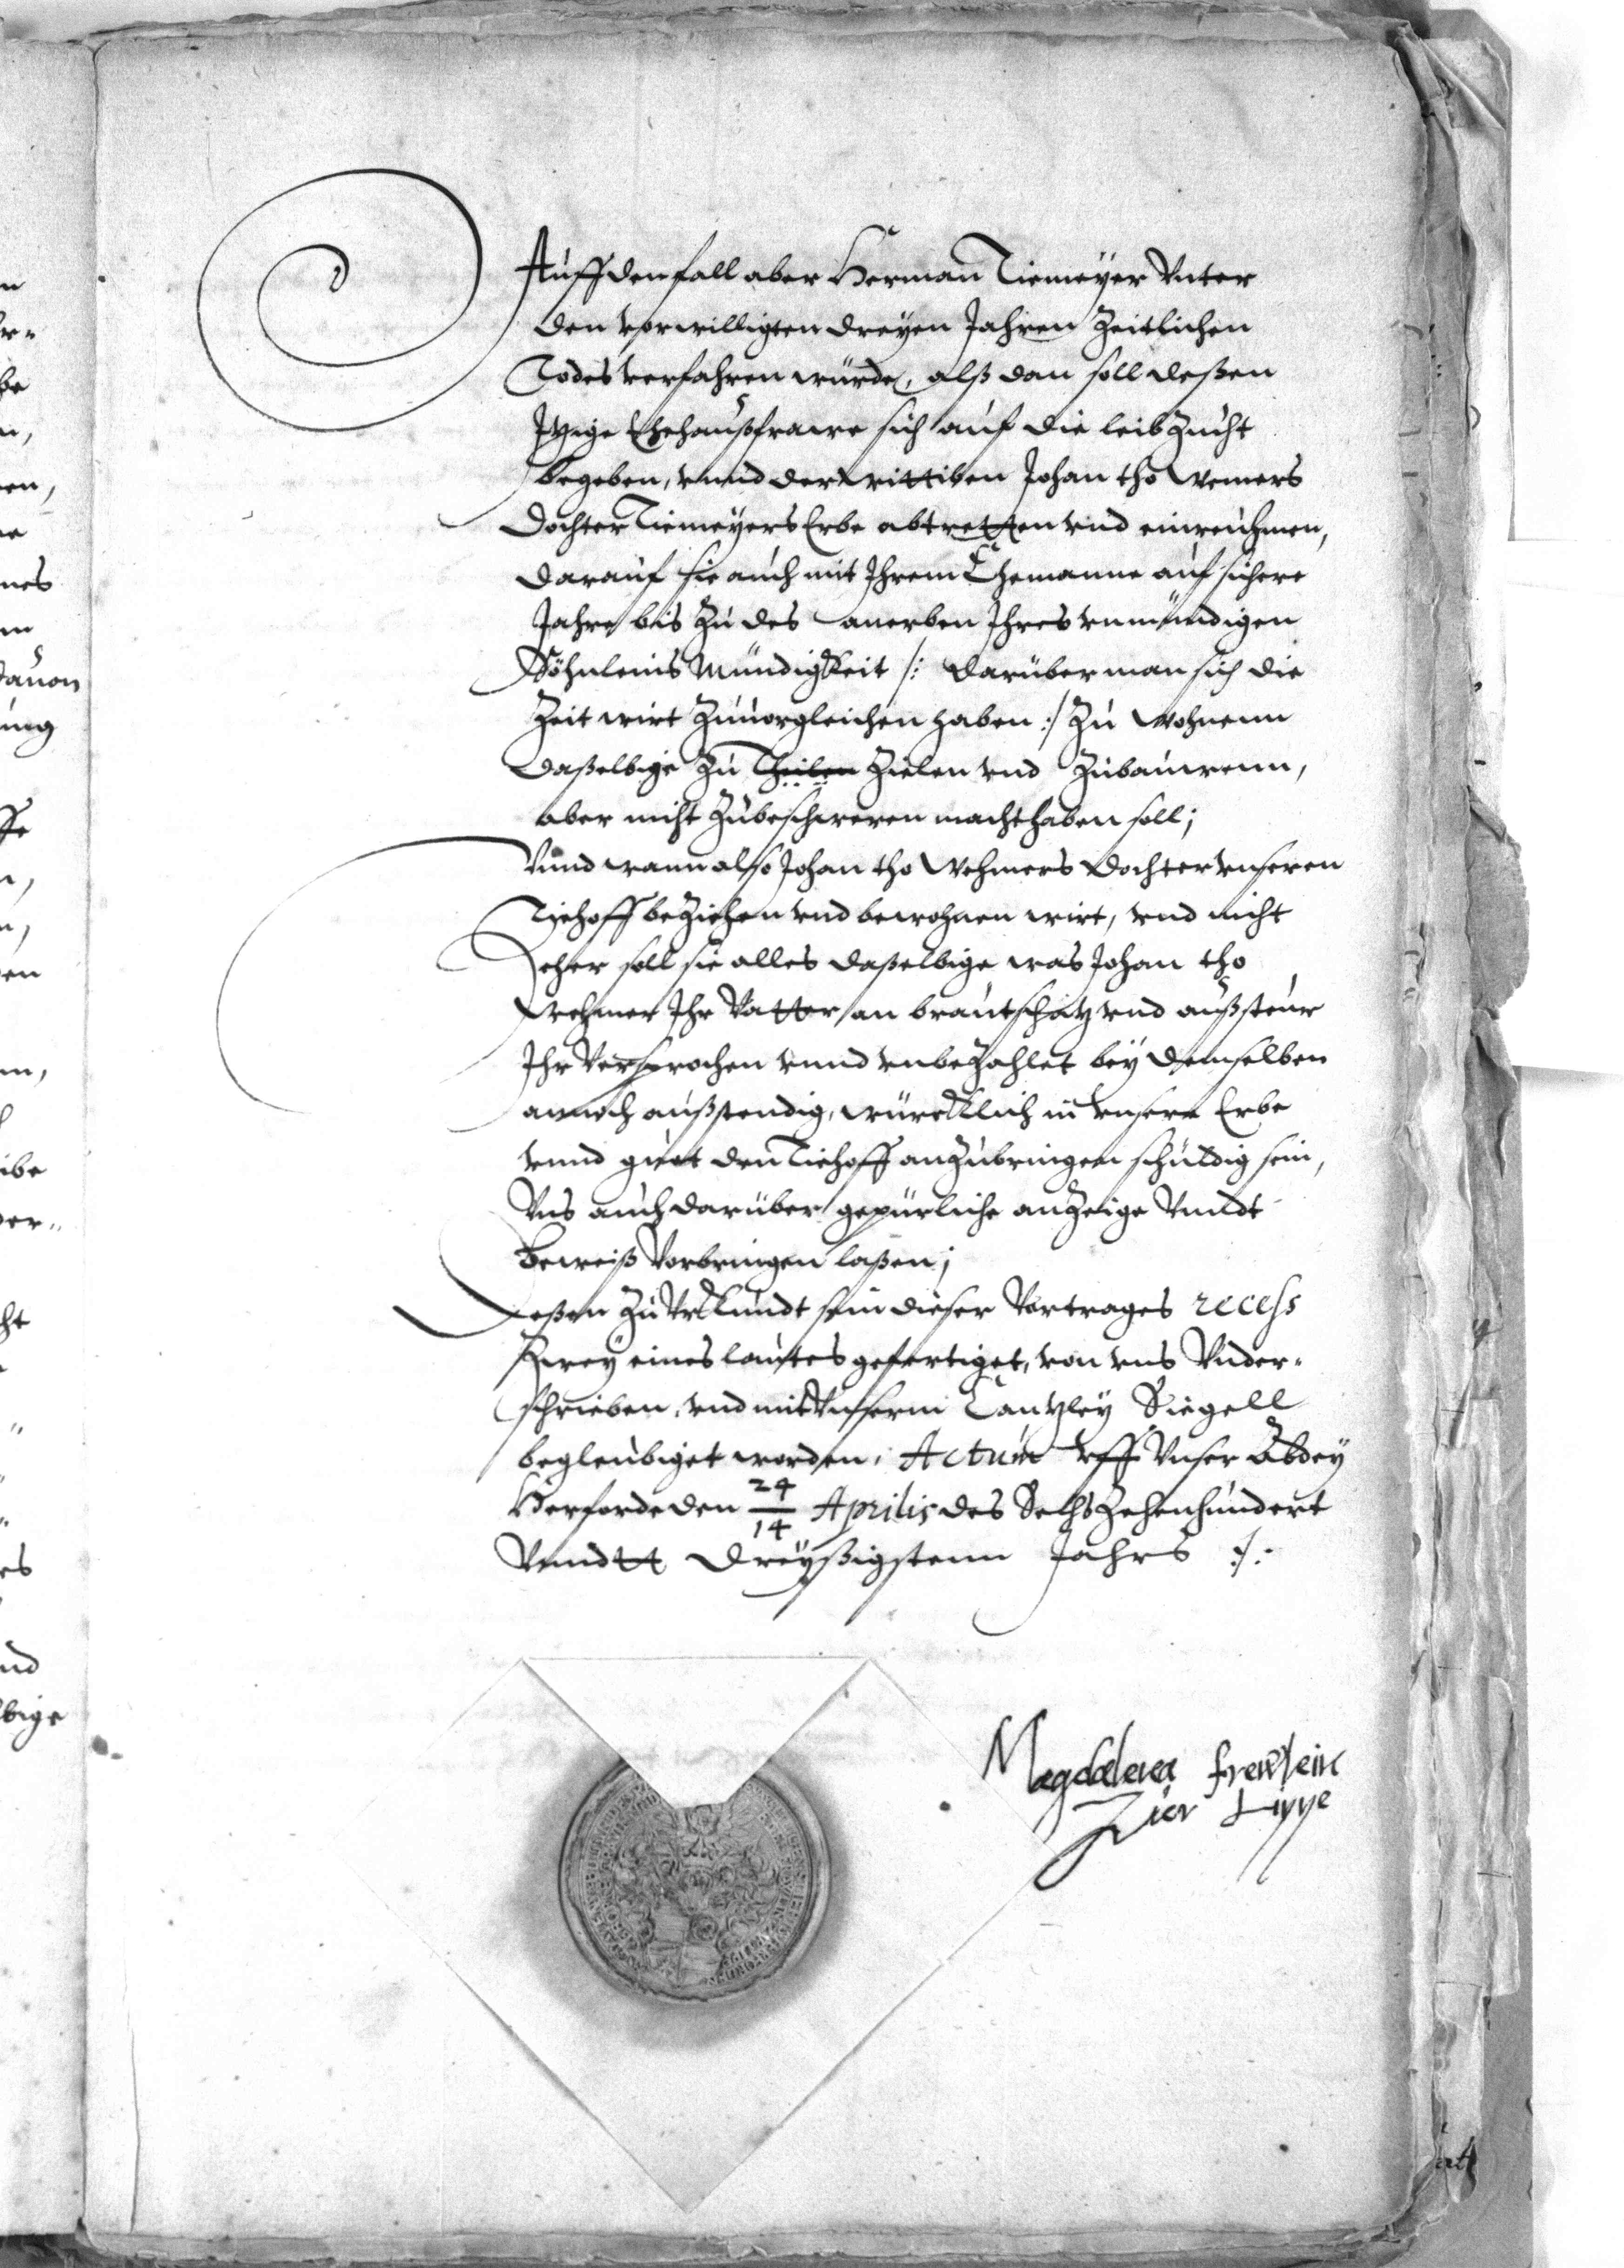
Auff den fall aber Herman Tiemeyer Vnter
den vorwilligten dreyen Jahren Zeitlichen
Todes verfahren würde, alß dan soll deßen
Itzige Ehehaußfrawe sich auf die leib Zucht
begeben, vnnd der Wittiben Johan tho Wemers
Dochter Tiemeyers Erbe abtretten vnd einreuhmen,
darauf sie auch mit Ihrem Ehemanne auf sichere
Jahre bis zu des anerben Ihres vnmündigen
Söhnleins Mündigkeit /: darüber man sich die
Zeit wirt zuuorgleichen haben :/ zu wohnenn
daßselbige zu Theilen Zielen vnd Zubauwenn,
aber nicht Zubeschweren machthaben soll;
Vnnd wann also Johan tho Wehmers Dochter Vnseren
Tiehoff beziehen vnd bewohnen wirt, vnd nicht
eher soll sie alles daßelbige was Johan tho
Wehmer Ihr Vatter an brautschatz vnd außsteur
Ihr Versprochen vnnd vnbezahlet bey demselben
annoch außstendig, würcklich in Vnsere Erbe
vnnd guet den Tiehoff anzubringen schuldig sein,
vns auch darüber gepürliche anzeige vnndt
Beweiß Vorbringen laßen;
Deßen zu Vrkundt sein dieser Vortrages recess
Zwey eines lauters gefertiget, von vns Vnder¬
schrieben vnd mit  Vnserm Cantzley Siegell
begleubiget worden; Actum Vff Vnser Abdey
Herforde den 24/14 Aprilis des Sechs Zehenhundert
Vnndtt Dreyßigstenn Jahres.
Magdalena Frewlein
Zur Lippe